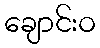
ချောင်းဝ